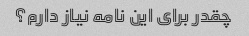
چقدر برای این نامه نیاز دارم؟